Indian journal of veterinary science and animal husbandry - Volume 9,
Year: 1939
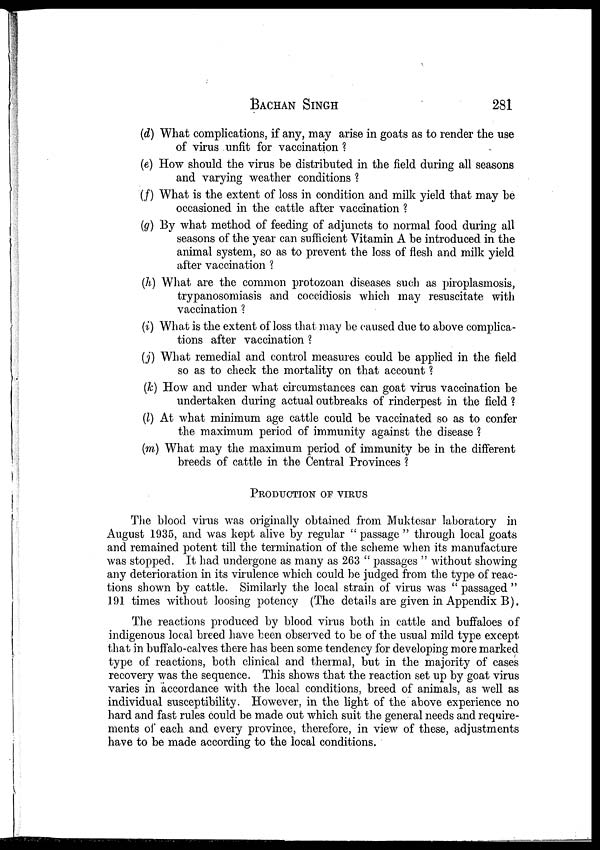
BACHAN SINGH 281
(d) What complications, if any, may arise in goats as to render the use
of virus unfit for vaccination ?
(e) How should the virus be distributed in the field during all seasons
and varying weather conditions ?
(f) What is the extent of loss in condition and milk yield that may be
occasioned in the cattle after vaccination ?
(g) By what method of feeding of adjuncts to normal food during all
seasons of the year can sufficient Vitamin A be introduced in the
animal system, so as to prevent the loss of flesh and milk yield
after vaccination ?
(h) What are the common protozoan diseases such as piroplasmosis,
trypanosomiasis and coccidiosis which may resuscitate with
vaccination ?
(i) What is the extent of loss that may be caused due to above complica-
tions after vaccination ?
(j) What remedial and control measures could be applied in the field
so as to check the mortality on that account ?
(k) How and under what circumstances can goat virus vaccination be
undertaken during actual outbreaks of rinderpest in the field ?
(l) At what minimum age cattle could be vaccinated so as to confer
the maximum period of immunity against the disease ?
(m) What may the maximum period of immunity be in the different
breeds of cattle in the Central Provinces ?
PRODUCTION OF VIRUS
The blood virus was originally obtained from Muktesar laboratory in
August 1935, and was kept alive by regular " passage " through local goats
and remained potent till the termination of the scheme when its manufacture
was stopped. It had undergone as many as 263 " passages " without showing
any deterioration in its virulence which could be judged from the type of reac-
tions shown by cattle. Similarly the local strain of virus was " passaged "
191 times without loosing potency (The details are given in Appendix B).
The reactions produced by blood virus both in cattle and buffaloes of
indigenous local breed have been observed to be of the usual mild type except
that in buffalo-calves there has been some tendency for developing more marked
type of reactions, both clinical and thermal, but in the majority of cases
recovery was the sequence. This shows that the reaction set up by goat virus
varies in accordance with the local conditions, breed of animals, as well as
individual susceptibility. However, in the light of the above experience no
hard and fast rules could be made out which suit the general needs and require-
ments of each and every province, therefore, in view of these, adjustments
have to be made according to the local conditions.